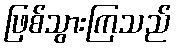
ဖြစ်သွားကြသည်